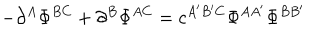
- \partial ^ { A } \Phi ^ { B C } + \partial ^ { B } \Phi ^ { A C } = c ^ { A ^ { \prime } B ^ { \prime } C } \Phi ^ { A A ^ { \prime } } \Phi ^ { B B ^ { \prime } }